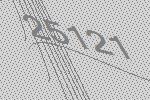
25121